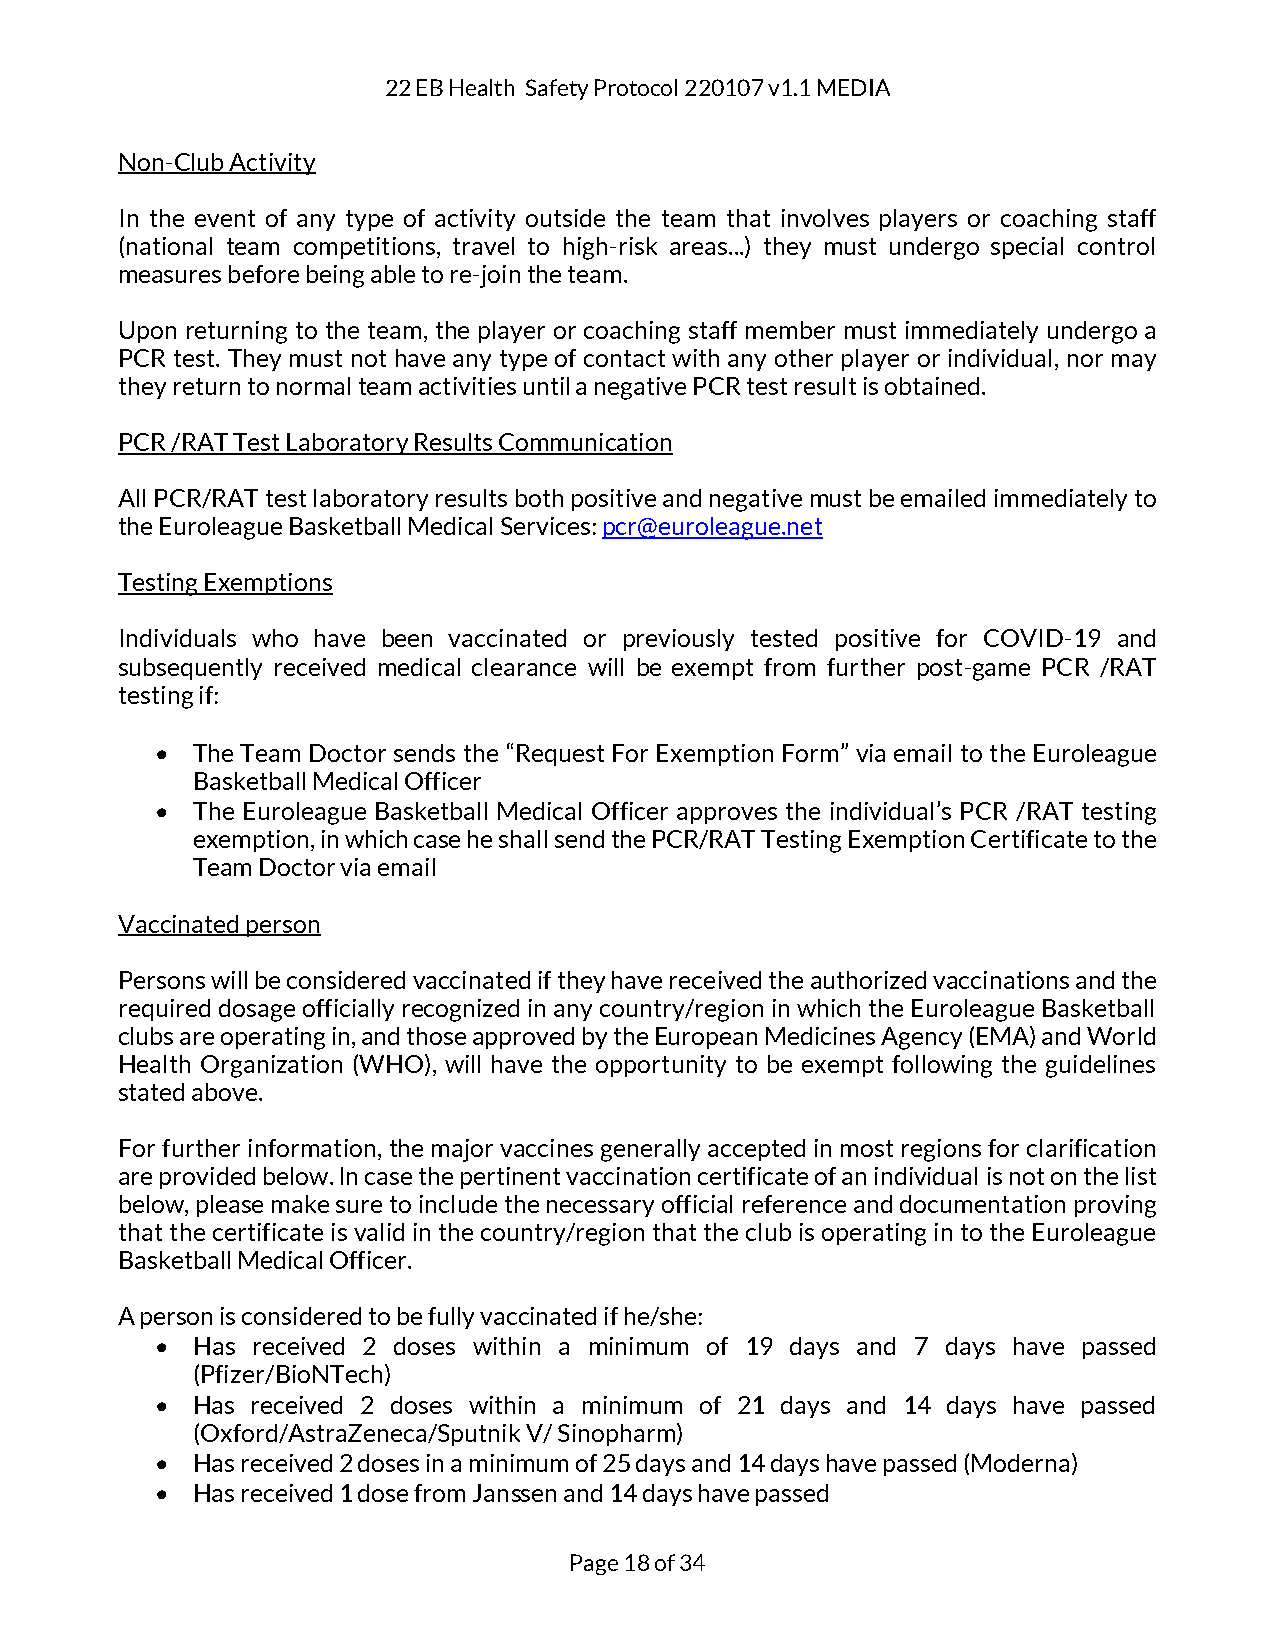
22 EB Health Safety Protocol 220107 v1.1 MEDIA
 Non-Club Activity
 In the event of any type of activity outside the team that involves players or coaching staff
 (national team competitions, travel to high-risk areas...) they must undergo special control
 measures before being able to re-join the team.
 Upon returning to the team, the player or coaching staff member must immediately undergo a
 PCR test. They must not have any type of contact with any other player or individual, nor may
 they return to normal team activities until a negative PCR test result is obtained.
 PCR /RAT Test Laboratory Results Communication
 All PCR/RAT test laboratory results both positive and negative must be emailed immediately to
 the Euroleague Basketball Medical Services: pcr@euroleague.net
 Testing Exemptions
 Individuals who have been vaccinated or previously tested positive for COVID-19 and
 subsequently received medical clearance will be exempt from further post-game PCR /RAT
 testing if:
 •  The Team Doctor sends the “Request For Exemption Form” via email to the Euroleague
 Basketball Medical Officer
 •  The Euroleague Basketball Medical Officer approves the individual’s PCR /RAT testing
 exemption, in which case he shall send the PCR/RAT Testing Exemption Certificate to the
 Team Doctor via email
 Vaccinated person
 Persons will be considered vaccinated if they have received the authorized vaccinations and the
 required dosage officially recognized in any country/region in which the Euroleague Basketball
 clubs are operating in, and those approved by the European Medicines Agency (EMA) and World
 Health Organization (WHO), will have the opportunity to be exempt following the guidelines
 stated above.
 For further information, the major vaccines generally accepted in most regions for clarification
 are provided below. In case the pertinent vaccination certificate of an individual is not on the list
 below, please make sure to include the necessary official reference and documentation proving
 that the certificate is valid in the country/region that the club is operating in to the Euroleague
 Basketball Medical Officer.
 A person is considered to be fully vaccinated if he/she:
 •  Has received 2 doses within a minimum of 19 days and 7 days have passed
 (Pfizer/BioNTech)
 •  Has received 2 doses within a minimum of 21 days and 14 days have passed
 (Oxford/AstraZeneca/Sputnik V/ Sinopharm)
 •  Has received 2 doses in a minimum of 25 days and 14 days have passed (Moderna)
 •  Has received 1 dose from Janssen and 14 days have passed
 Page 18 of 34